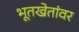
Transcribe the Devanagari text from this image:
भूतखेतांवर